Bréfritari: Jakobína Jónsdóttir
Viðtakandi: Sólveig Jónsdóttir
Dagsetning: A-1859-03-29
Skrifað á: Hólmum  S-Múl.
systir bréfviðtakanda

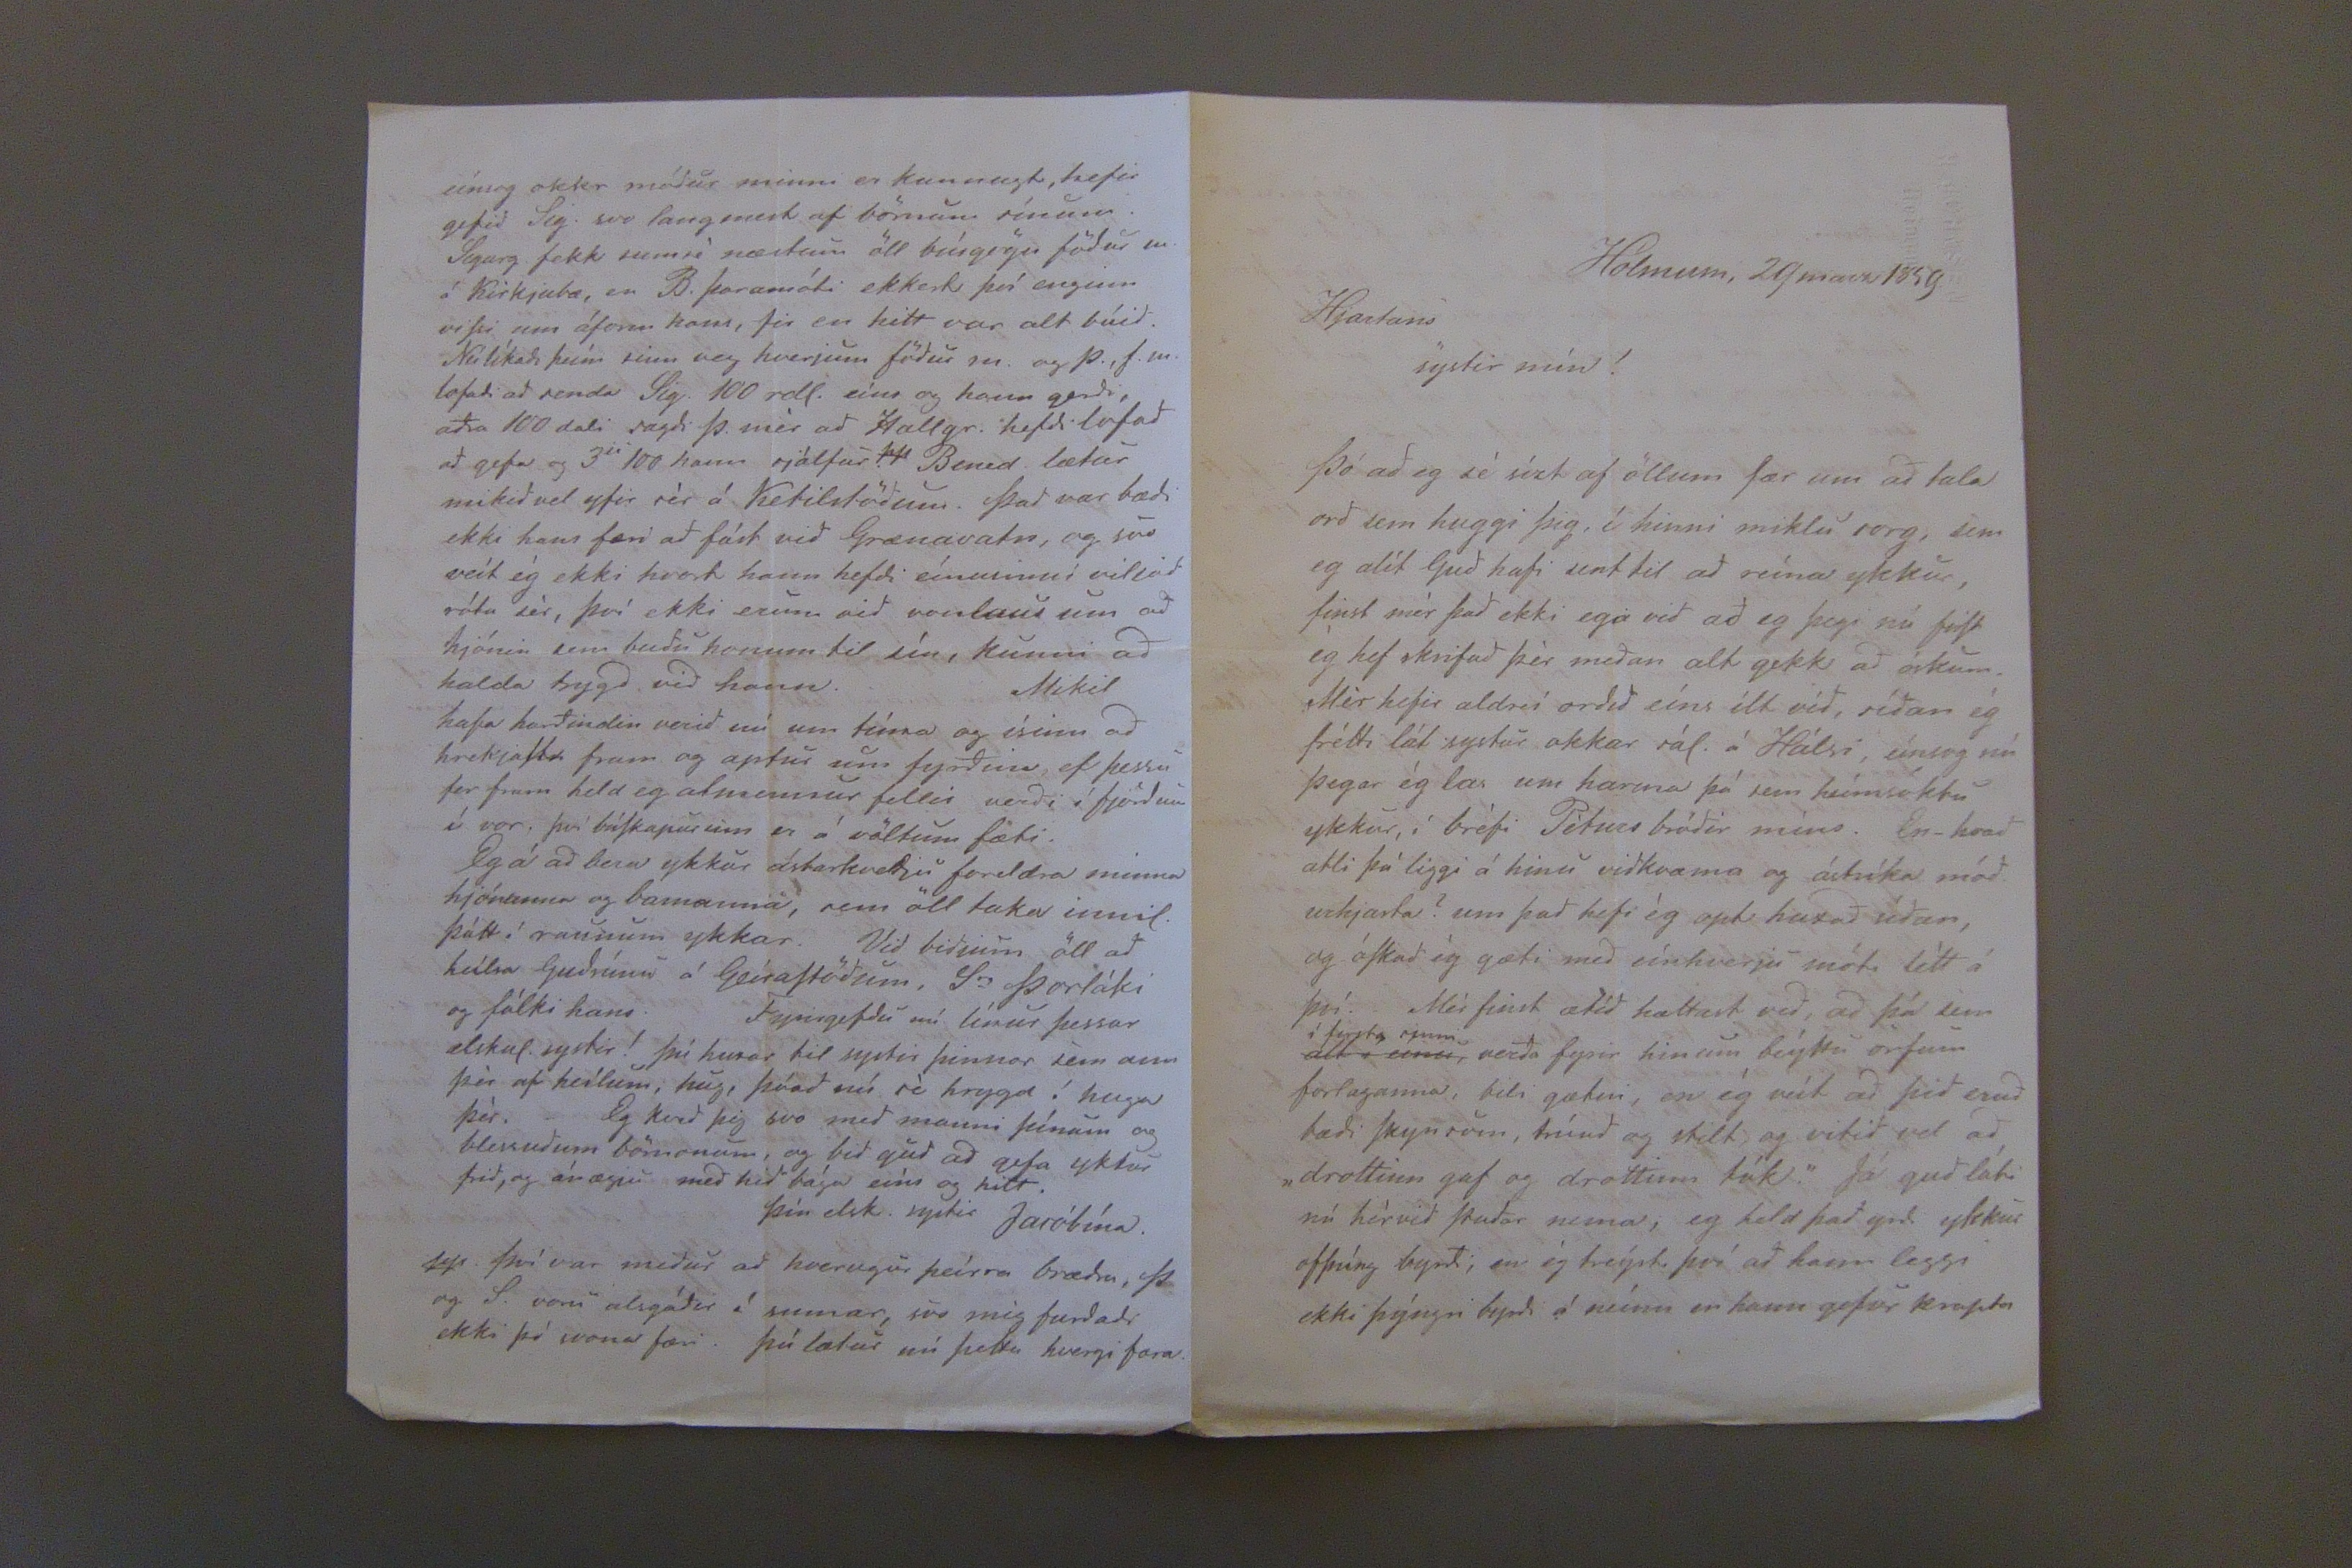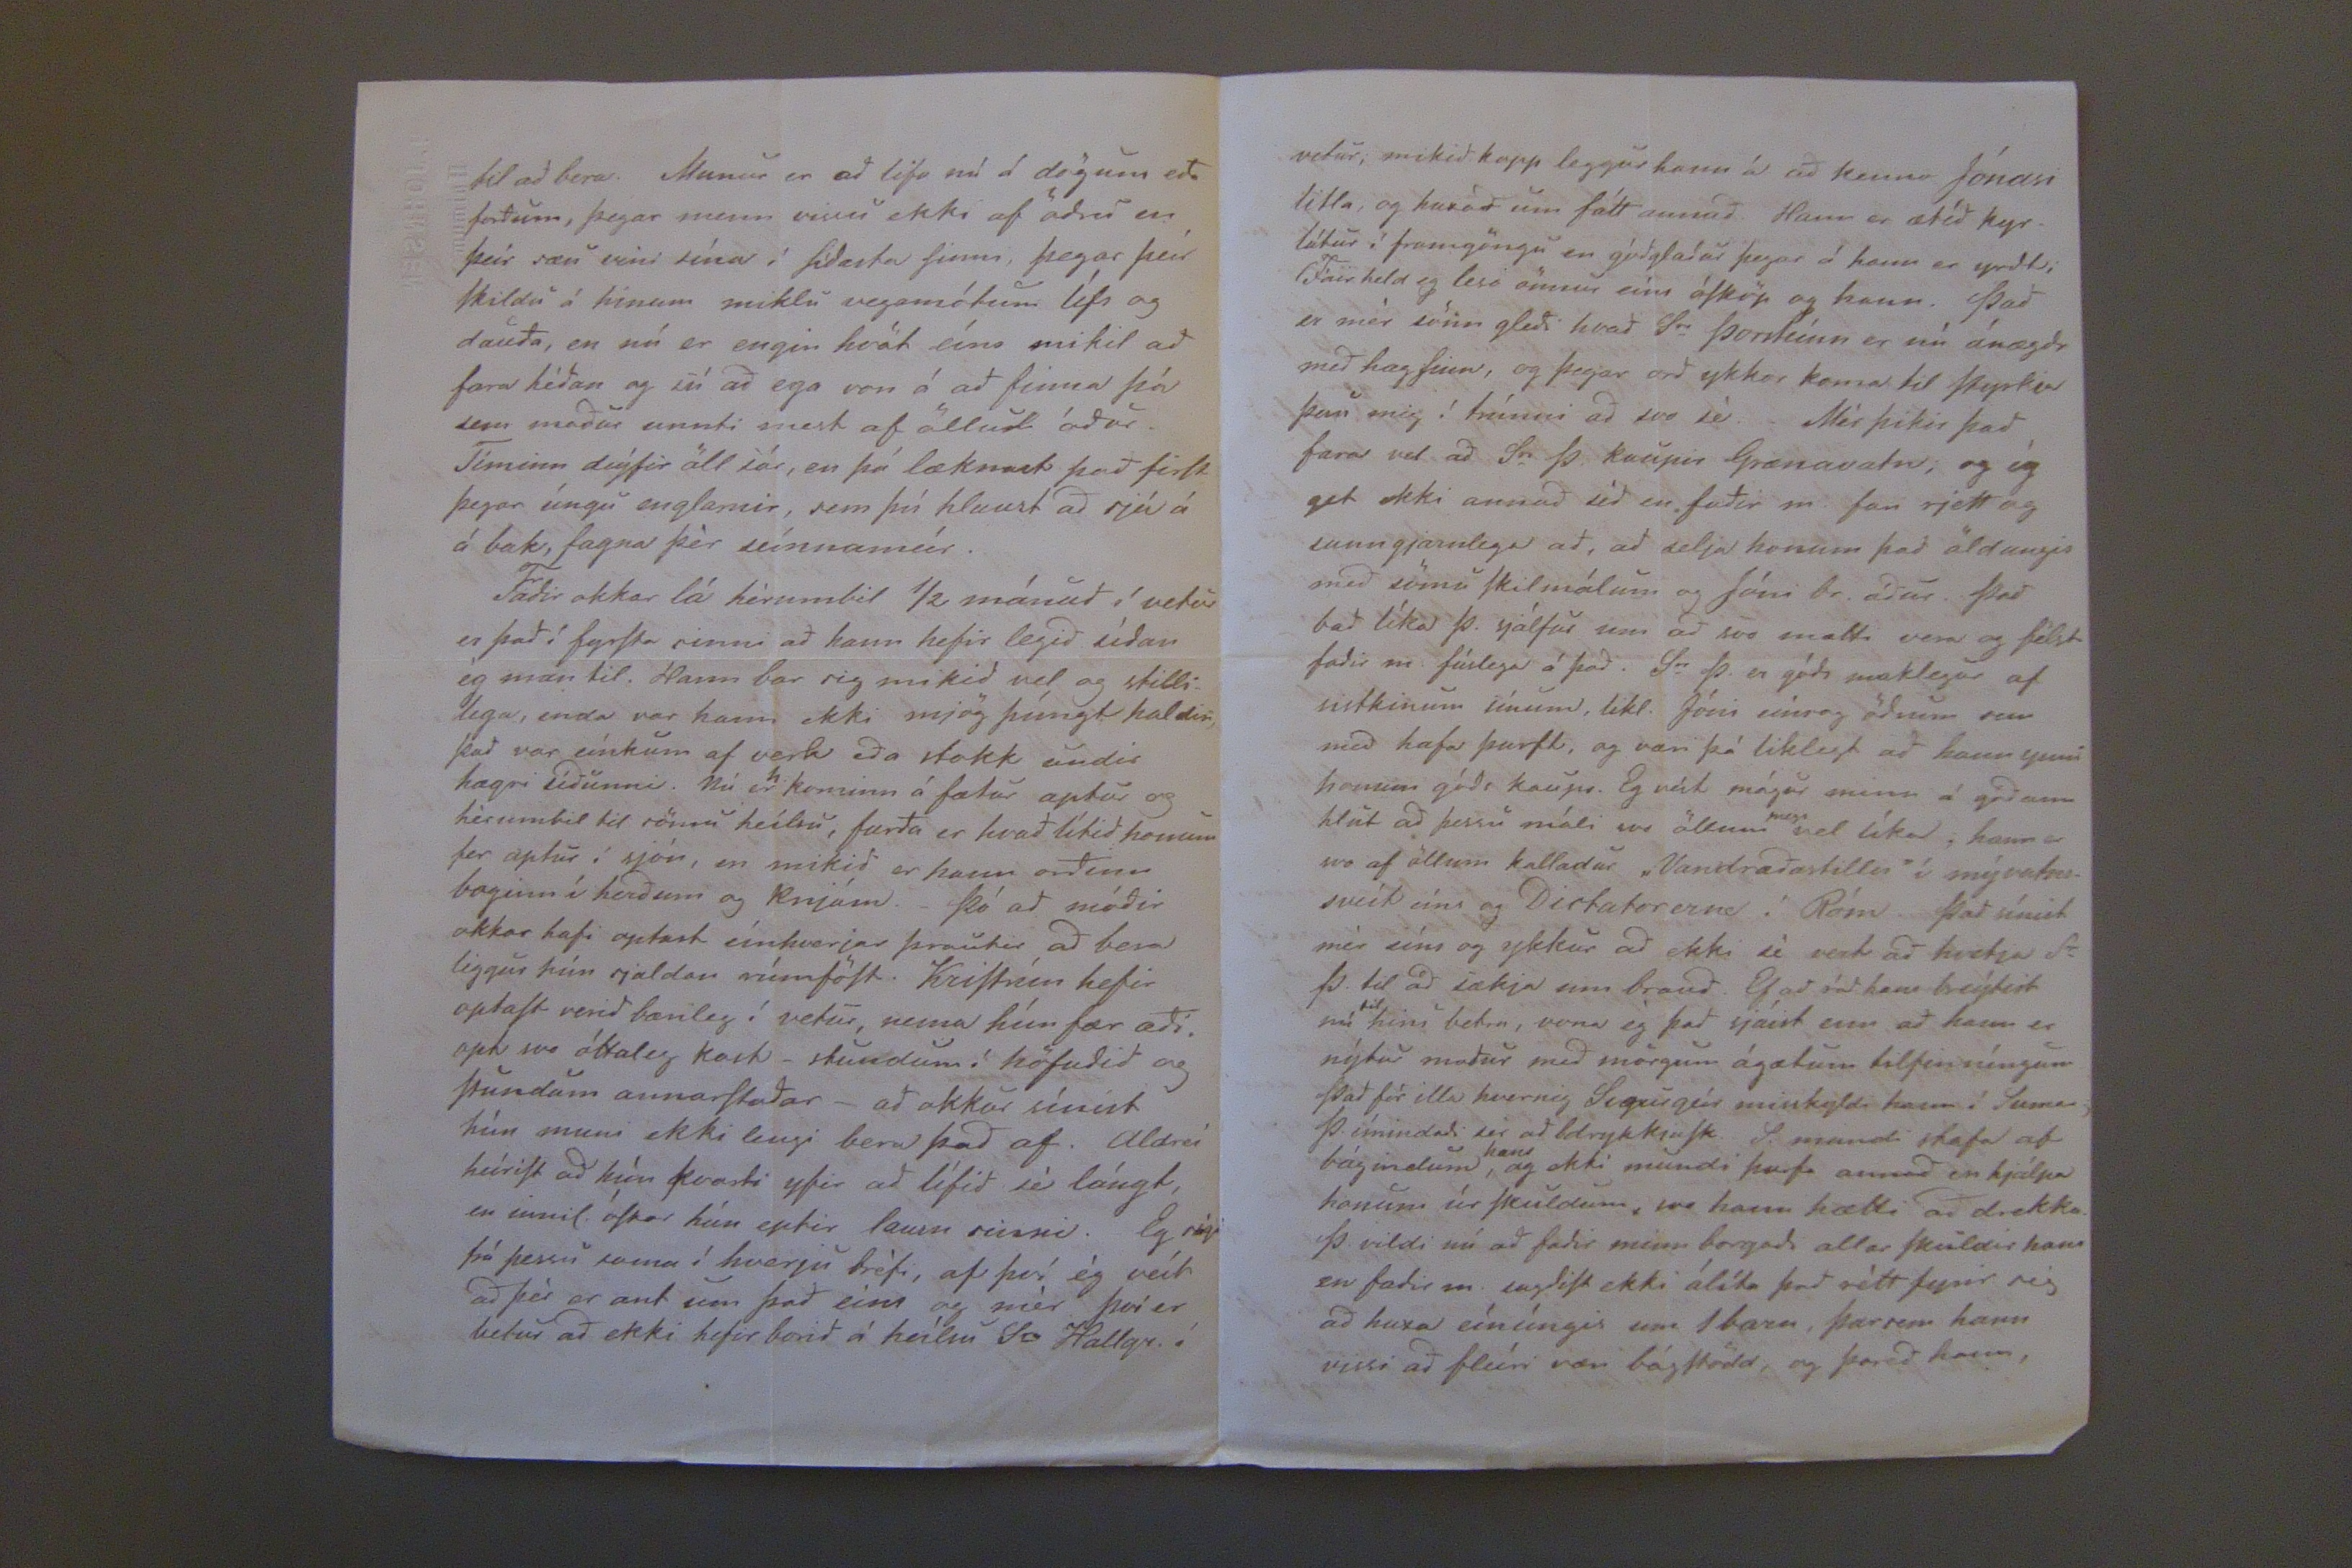

Hólmum, 29 marz 1859.
Hjartans systir mín!
Þó ad eg sé sízt af öllum fær um ad tala ord sem huggi þig, í hinni miklu sorg, sem eg álít Gud hafi sent til ad reína ykkur, finst mér þad ekki ega vid ad eg þegi nú firSt ég hef skrifad þér meda alt gekk ad óskum. Mér hefir aldreí ordid eíns ílt vid, sída ég frétti lát systur okkar sál. á Hálsi, eínsog nú þegar ég las um harma þá sem heímsóktu ykkur, í bréfi Péturs bródur míns. En- hvadætli þá liggi á hinu vidkvæma og ástríka módurhjarta? um þad hefi ég opt huxad sídan, og óSkad ég gæti med eínhverju móti létt á því. Mér finst ætíd hættast vid, ad þá sem
alt í eínu
í fyrsta sinn
verda fyrir hinum beýttu orfum forlaganna, bili gætni, en ég veít ad þid erud bædi Skynsöm, trúud og stilt og vitid vel ad "drottinn gaf og drottinn tók." Já gud láti nú hér vid Stadar nema, eg held þad yrdi ykkur ofþúng byrdi; en ég treýsti því ad hann leggi ekki þýngri byrdi á neínn en hann gefur krapta
til ad bera. Munur er ad lifa nú á dögum eda fordum, þegar menn vissu ekki af ödru en þeir sæu vini sína í Sídasta Sinni, þegar þeír Skildu á hinum miklu vegamótum lífs og dauda, en nú er engin hvöt eíns mikil ad fara hédan og sú ad ega von á ad finna þá sem madur unnti mest af öllu ádur. Tíminn deýfir öll sár, en þá læknast þad firSt þegar úngu englarnir, sem þú hlaust ad sjá á á bak, fagna þér seínnameír.
Fadir okkar lá hérumbil 1/2 mánud í vetur er þad í fyrSta sinni ad hann hefir legid sídan ég man til. Hann bar sig mikid vel og stillilega, enda var hann ekki mjög þúngt haldin. þad var eínkum af verk eda stokk undir hægri sídunni. Nú er
h
kominn á fætur aptur og hérumbil til sömu heílsu, furda er hvad lítid honum fer aptur í sjón, en mikid er hann ordinn boginn í herdum og Knjám. -Þó ad módir okkar hafi optast eínhverjar þraukar ad bera liggur hún sjaldan rúmföSt. Kristrún hefir optaSt verid bærileg í vetur, nema hún fær ædi. opt svo óttaleg kast -stundum í höfudid og Stundum annarStadar- ad okkur sínist hún muni ekki lengi bera þad af. Aldreí heíriSt ad hún kvarti yfir ad lífid sé lángt, en innil. óSkar hún eptir lausn sinni. Eg segi frá þessu sama í hverju bréfi, af því ég veít ad þér er ant um þad eins og mér því er betur ad ekki hefir borid á heílsu Sr Hallgr. í
eínsog okkr módur minni er kunnugt, hefir gefir Sig. svo langmest af börnum sínum. Sigurg. fekk semsé næstum öll búsgögn födur m. á Kirkjubæ, en B. þaramóti ekkert því enginn viSsi um áform hans, fir en hitt var alt búid. Nú líkadi þeím sinn veg hverjum födur m. og þ.,f.m. lofadi ad senda Sig. 100
rdl.
eíns og hann gerdi, adra 100 dali sagdi Þ. mér ad Hallgr. hefdi lofad ad ad gefa og 3
ji
100 hann sjálfur. Bened. lætur mikid vel yfir sér á Ketilstödum. Þad var bædi ekki hans færi ad fást vid Grænavatn, og svo veít ég ekki hvort hann hefdi eínusinni viljad róla sér, því ekki erum vid vonlaus um ad hjónin sem budu honum til sín, kunni ad halda trygd bid hann. Mikil hafa hardindin verid nú um tíma og ísinn ad hrekjaStr fram og aptur um fyrdina, ef þessu fer fram held eg almennur fellir verdi í fjördum í vor, því búSkapurinn er á völtum fæti.
Eg á ad bera ykkur ástarkvedju foreldra minna hjónanna og barnanna, sem öll taka innil. þátt í raunum ykkar. Vid bidjum öll ad heílsa Gudrúnu á GeíraStödum, Sr Þorláki og fólki hans. Fyrirgefdu nú línur þessar elskul. systir! þú huxar til systir þinnar sem um þér af heílum, hug, þúad nú sé hrygd í huga þér. Eg kved þig svo med manni þínum og blessudum börnonum, og bid gud ad gefa ykkur frid, og ánægju med hid bága eíns og hitt.
Þín elsk. systir Jacóbína.
pp. Því var midur ad hvorugur þeírra brædra, Þ og S. voru alsgódir í sumar, svo mig furdadi ekki þó svona færi. Þú lætur nú þetta hvergi fara.
vetur; mikid kapp leggur hann á ad kenna Jónasi litla, og huxad um fátt annad. Hann er ætíd kyrlátur í framgöngu en gógladur þegar á hann er yrdt; (Fáir held eg lesi önnur eíns óSköp og hann. Þad er mér sönn gledi hvad Sr Þorsteínn er nú ánægdr med hag Sinn, og þegar ord ykkar koma til Styrkja þau mig í trúnni ad svo sé. Mér þikir þad fara vel ad Sr Þ. kaupir Grænavatn; og ég get ekki annad séd en fadir m. fari rjett og sanngjarnlega ad, ad selja honum þad öldungis med sömu Skilmálum og Jóni br. ádur. Þad bad líka Þ. sjálfur um ad svo mætti vera og félst fadir m. fúslega á þad. Sr Þ. er góds maklegur af sistkinum sínum, likl. Jóni eínsog ödrum sem med hafa þurft, og væri þá liklegt ad hann ynni honum góds kaups. Eg veít mágur minn á gódann hlut ad þessu máli svo öllum
megi
vel líka; hann er svo af öllum kalladur "Vandrædastillir" í mývatnssveít eíns og Dirtatorenna í Róm. Þad sínist mér eíns og ykkur ad ekki sé vert ad hvetja Sr Þ. til ad sækja sins braud. Ef ad sál han breýtist nú
til
hins betra, vona ég þad sjáist enn ad hann er nýtur madur med mörgum ágætum tilfinníngum. Þad fór illa hvernig Sigurgeír misskyldi hann í Sumar. Þ. ímindadi sér ad drykkjuSk. S. mundi stafa af bágindum
hans
, og ekki mundi þurfa annad en hjálpa honum úr Skuldum, svo hann hætti ad drekka. Þ. vildi nú ad fadir minn borgadi allar Skuldir hans en fadir m, sagdiSt ekki álíta þad rétt fyrir sig ad huxa eínúngis um 1 barn, þarsem hann vissi ad fleíri væri bágStödd, og þarad hann,